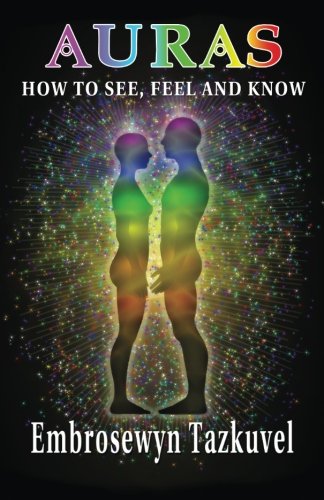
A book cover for Auras: How to See, Feel & Know: (Full Color ed.); Embrosewyn Tazkuvel; Religion & Spirituality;